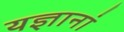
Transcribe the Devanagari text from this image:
यज्ञानां